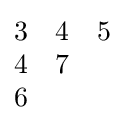
{\begin{matrix}3&4&5\\4&7\\6\end{matrix}}